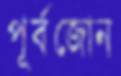
পূর্বজোন